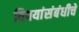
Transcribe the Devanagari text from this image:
विषयांसंबंधीचे